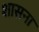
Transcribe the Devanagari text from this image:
शासना